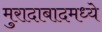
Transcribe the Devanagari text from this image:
मुरादाबादमध्ये